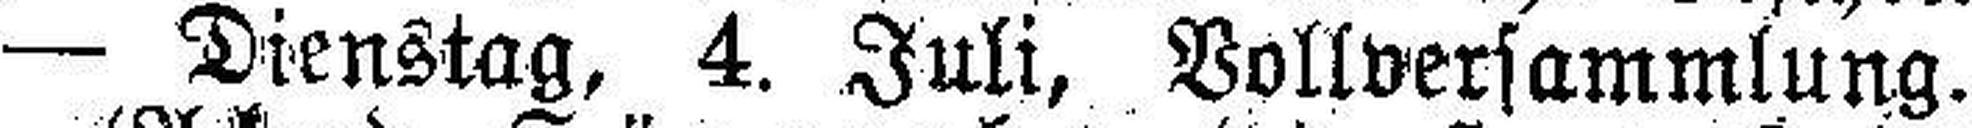
— Dienstag, 4. Juli, Vollversammlung.